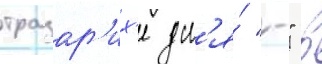
тразар'их'е дл'я́ "-" в